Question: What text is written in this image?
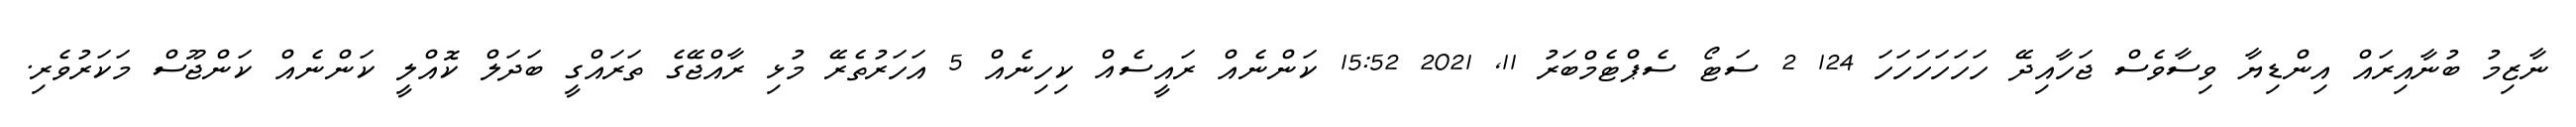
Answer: ނާޒިމު ބުނާއިރައް އިންޑިޔާ ވިސާވެސް ޖަހާއިދޭ ހަހަހަހަހަހަ 124 2 ސަޓޯ ސެޕްޓެމްބަރު 11, 2021 15:52 ކަންނެއް ރައީސެއް ކިހިނެއް 5 އަހަރުތެރޭ މުޅި ރާއްޖޭގެ ތަރައްގީ ބަދަލް ކޮއްލީ ކަންނެއް ކަންޖޫސް މަކަރުވެރި.